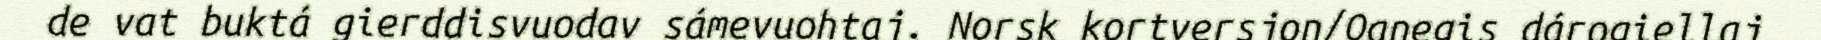
de vat buktá gierddisvuodav sámevuohtaj. Norsk kortversjon/Oanegis dárogiellaj